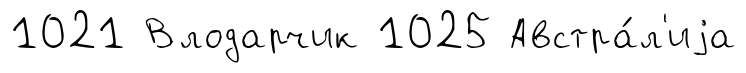
1021 Влодарчик 1025 Австра́л'иjа